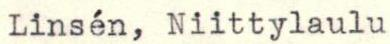
Linsén, Niittylaulu